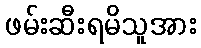
ဖမ်းဆီးရမိသူအား